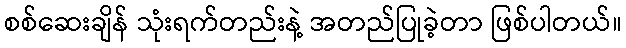
စစ်ဆေးချိန် သုံးရက်တည်းနဲ့ အတည်ပြုခဲ့တာ ဖြစ်ပါတယ်။